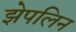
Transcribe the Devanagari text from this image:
झेपलिन